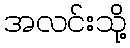
အလင်းသို့